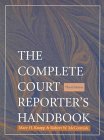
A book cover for The Complete Court Reporter's Handbook (3rd Edition); Mary H. Knapp; Law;